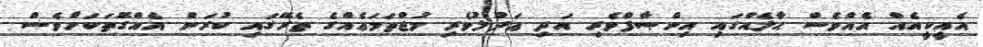
އެއީކީއެއް އެއްވެސް ޙާލެއްގައި އިންޞާފްވެރި އަދި ޢަދުލުވެރި މުޖްތަމަޢެއްގެ ތެރޭގައި ކުރަން އެއްގޮތަކަށްވެސް